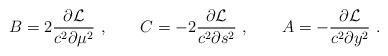
LaTeX: \begin{align*}B=2{\partial {\cal L}\over c^2\partial \mu^2}\ , \qquad C=-2{\partial {\cal L}\over c^2\partial s^2}\ , \qquad A=-{\partial {\cal L}\over c^2\partial y^2}\ . \end{align*}